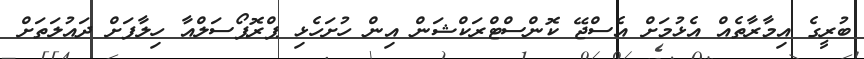
ބުރީގެ އިމާރާތެއް އެޅުމަށް އެސްޖޭ ކޮންސްޓްރަކްޝަން އިން ހުށަހެޅި ޕްރޮޕޯސަލްއާ ހިލާފަށް ދައުލަތަށް